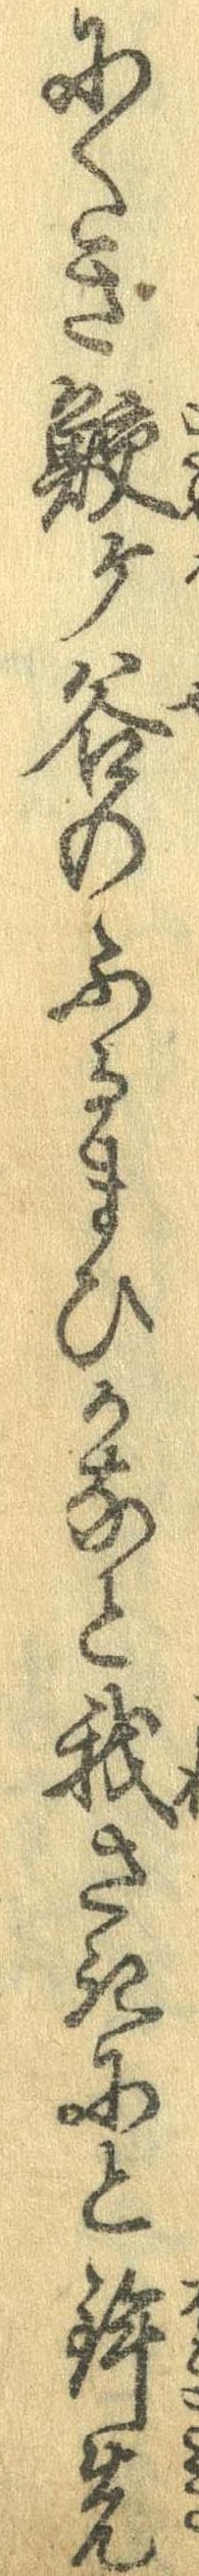
にくき鮫ケ谷のふるまひかなと我さきにと鉾先